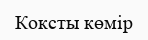
Коксты көмір